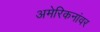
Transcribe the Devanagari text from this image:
अमेरिकनांवर